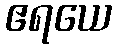
ဧရယေ